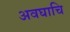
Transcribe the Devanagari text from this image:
अवघाचि